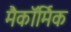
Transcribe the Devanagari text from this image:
मैकॉर्मिक